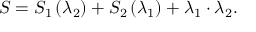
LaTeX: S = S _ { 1 } \left( \lambda _ { 2 } \right) + S _ { 2 } \left( \lambda _ { 1 } \right) + \lambda _ { 1 } \cdot \lambda _ { 2 } .